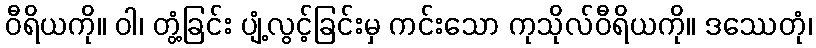
ဝီရိယကို။ ဝါ၊ တွံ့ခြင်း ပျံ့လွင့်ခြင်းမှ ကင်းသော ကုသိုလ်ဝီရိယကို။ ဒဿေတုံ၊